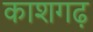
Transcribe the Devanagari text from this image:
काशगढ़